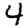
Digit: 4